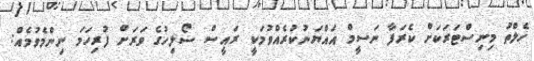
ހެލްތު މިނިސްޓަރަކަށް ކެރަފާ ނަސީމް އައްޔަނުކުރެއްވުމަކީ ރައީސް ސޯލިހުގެ ވަރަށް ފުރިހަމަ ނިންމެވުމެއް: